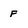
Character: F